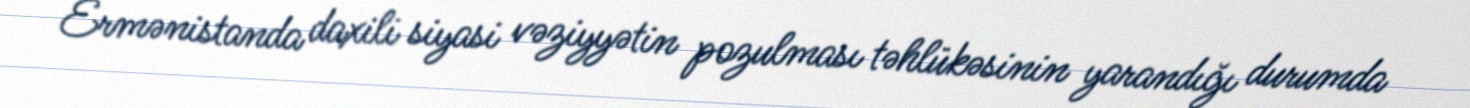
Ermənistanda daxili siyasi vəziyyətin pozulması təhlükəsinin yarandığı durumda